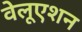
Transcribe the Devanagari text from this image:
वेलूएशन